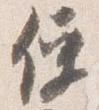
便